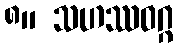
၈။ သဟဿဝဂ္ဂ